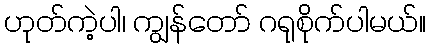
ဟုတ်ကဲ့ပါ၊ ကျွန်တော် ဂရုစိုက်ပါမယ်။